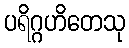
ပရိဂ္ဂဟိတေသု